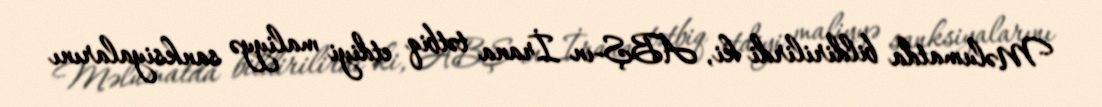
Məlumatda bildirilirdi ki, ABŞ-ın İrana tətbiq etdiyi maliyyə sanksiyalarını